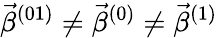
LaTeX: \vec{\beta}^{(01)}\neq\vec{\beta}^{(0)}\neq\vec{\beta}^{(1)}